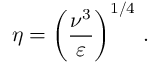
\eta = \left( { \frac { \nu ^ { 3 } } { \varepsilon } } \right) ^ { 1 / 4 } \, .